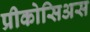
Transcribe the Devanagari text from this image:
प्रीकोसिअस